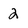
Character: 2